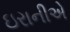
ઇરાનીએ